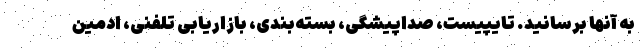
به آنها برسانید. تایپیست، صداپیشگی، بسته‌بندی، بازاریابی تلفنی، ادمین